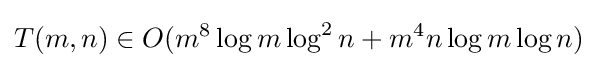
T(m,n)\in O(m^{8}\log {m}\log ^{2}{n}+m^{4}n\log {m}\log {n})